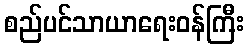
စည်ပင်သာယာရေးဝန်ကြီး